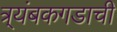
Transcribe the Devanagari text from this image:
त्र्यंबकगडाची